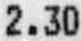
2.30